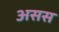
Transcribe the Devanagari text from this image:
असस